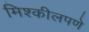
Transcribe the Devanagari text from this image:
मिश्कीलपणे